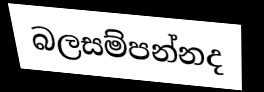
බලසම්පන්නද